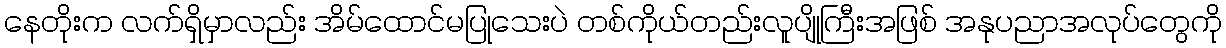
နေတိုးက လက်ရှိမှာလည်း အိမ်ထောင်မပြုသေးပဲ တစ်ကိုယ်တည်းလူပျိုကြီးအဖြစ် အနုပညာအလုပ်တွေကို